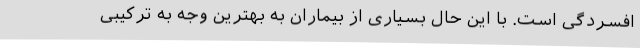
افسردگی است. با این حال بسیاری از بیماران به بهترین وجه به ترکیبی